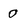
Character: 0